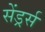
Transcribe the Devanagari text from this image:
सेंड्रर्स